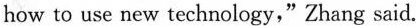
Zhang Ming，a college graduate from Shandong，created a9-page